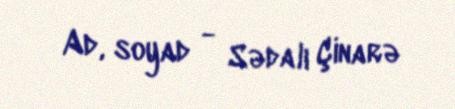
Ad, soyad - Sədalı Çinarə